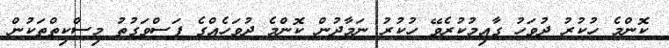
ކޮންމެ ހުކުރު ދުވަހު ގާއިމުކުރެވޭ ހުކުރު ނަމާދުން ކޮންމެ ދުވަހެއްގެ ފަސްވަގުތު މިސްކިތްތަކުން